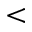
<